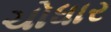
ચોધાર